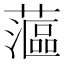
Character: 𰲉